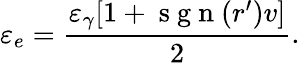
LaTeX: \varepsilon_{e}=\frac{\varepsilon_{\gamma}[1+\mathrm{~s~g~n~}(r^{\prime})v]}{2}.